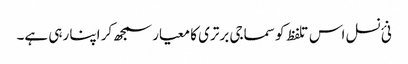
نئ نسل اس تلفظ کو سماجی برتری کا معیار سمجھ کر اپنا رہی ہے۔